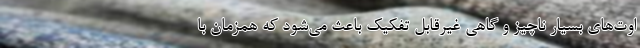
اوت‌های بسیار ناچیز و گاهی غیرقابل تفکیک باعث می‌شود که همزمان با